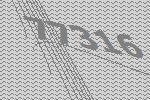
77316